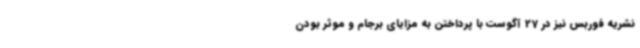
نشریه فوربس نیز در 27 آگوست با پرداختن به مزایای برجام و موثر بودن